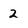
Character: 2